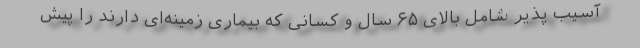
آسیب پذیر شامل بالای ۶۵ سال و کسانی که بیماری زمینه‌ای دارند را پیش